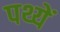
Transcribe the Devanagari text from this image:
पथ्यें